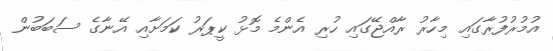
އުމުރުފުރާގައި މިހާރު ރާއްޖޭގައި ހުރި އެންމެ މޮޅު ކީޕަރު ކަމަށާއި އޭނާގެ ސަބަބުން